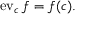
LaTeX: \operatorname { e v } _ { c } f = f ( c ) .